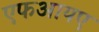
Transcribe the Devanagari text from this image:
एफआयए